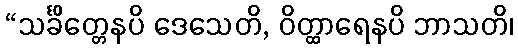
“သင်္ခိတ္တေနပိ ဒေသေတိ, ဝိတ္ထာရေနပိ ဘာသတိ၊